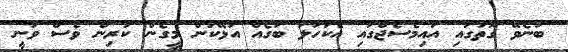
ބުނެވޭ ގޮތުގައި އައިމެސެޖްގައި އެކަހަލަ ބަގެއް އުޅޭކަން މީގެން ކުރިން ވެސް ވަނީ